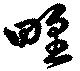
野